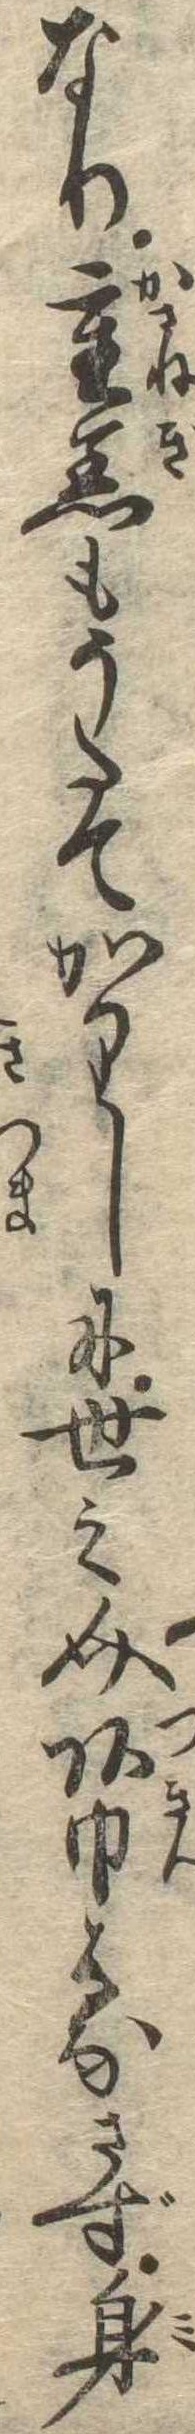
なり重着もうたてかりしに世之介頭巾はなさず身